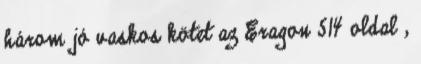
három jó vaskos kötet az Eragon 514 oldal ,